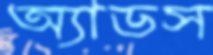
অ্যাডস